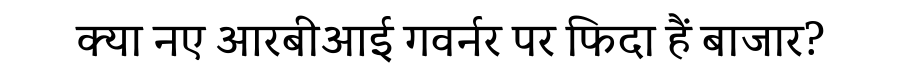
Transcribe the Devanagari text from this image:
क्या नए आरबीआई गवर्नर पर फिदा हैं बाजार?